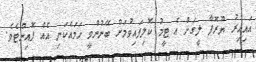
އައިއިރު ޔޫރޮޕާ ލީގަށް އެ ޓީމު ކޮލިފައިވުމަށް ބޭނުންވީ ހަމައެކަނި އެއް ޕޮއިންޓެވެ.